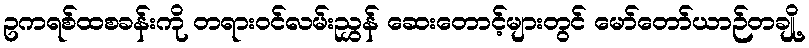
ဥကရစ်ထစခန်းကို တရားဝင်လမ်းညွှန် ဆေးတောင့်များတွင် မော်တော်ယာဉ်တချို့